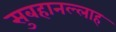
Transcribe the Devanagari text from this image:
सुबहानल्लाह